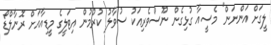
ލީގަށް އަންނަން" މެސީއާ ގުޅިގެން ނޫސްވެރިއަކު ސުވާލު ކުރުމުން އިޓަލީގެ މީޑިއާއަށް ރޮނާލްޑޯ